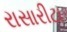
રાસારીટા